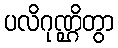
ပလိဂုဏ္ဌိတွာ